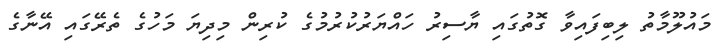
މައުލޫމާތު ލިބިފައިވާ ގޮތުގައި ޔާސިރު ހައްޔަރުކުރުމުގެ ކުރިން މިދިޔަ މަހުގެ ތެރޭގައި އޭނާގެ